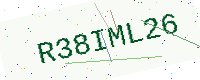
Text: R38IML26